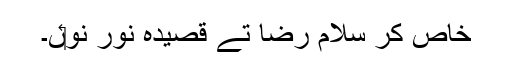
خاص کر سلام رضا تے قصیدہ نور نو‏ں۔